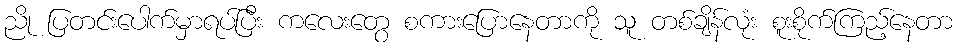
ညို ပြတင်းပေါက်မှာရပ်ပြီး ကလေးတွေ စကားပြောနေတာကို သူ တစ်ချိန်လုံး စူးစိုက်ကြည့်နေတာ